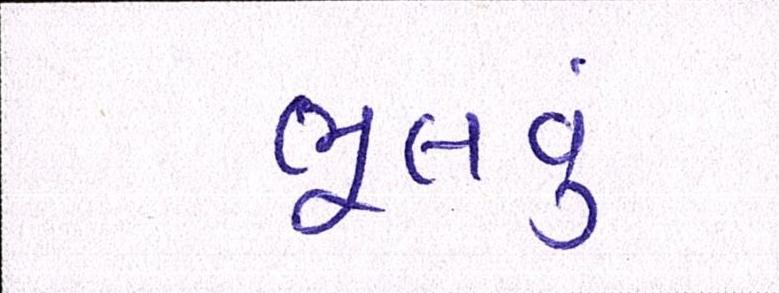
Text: ભૂલવુ